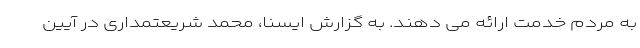
به مردم خدمت ارائه می دهند. به گزارش ایسنا، محمد شریعتمداری در آیین